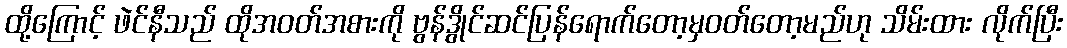
ထို့ကြောင့် ဖဲင်နီသည် ထိုအဝတ်အစားကို ဗွန်ဒွိုင်ဆင်ပြန်ရောက်တော့မှဝတ်တော့မည်ဟု သိမ်းထား လိုက်ပြီး